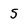
Character: 5